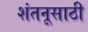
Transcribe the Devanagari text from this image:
शंतनूसाठी